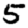
Digit: 5